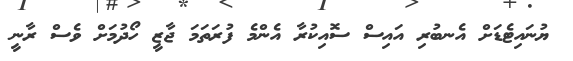
ޔުނައިޓެޑަށް އެނބުރި އައިސް ސޮއިކުރާ އެންމެ ފުރަތަމަ ޖާޒީ ހޯދުމަށް ވެސް ރާނީ